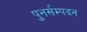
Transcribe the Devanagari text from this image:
पुनर्सम्पदन